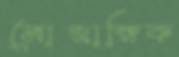
মোজাম্বিক